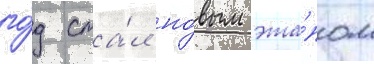
го́д ста́л но́вым эта́пом